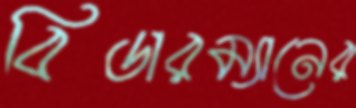
বিডারম্যানের